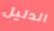
الدليل